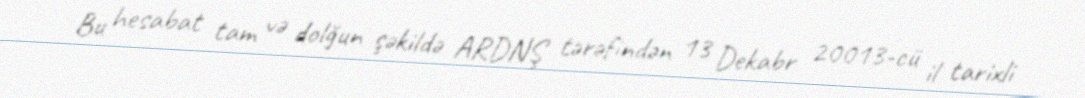
Bu hesabat tam və dolğun şəkildə ARDNŞ tərəfindən 13 Dekabr 20013-cü il tarixli